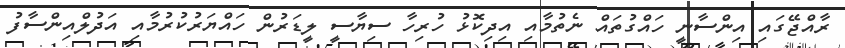
ރާއްޖޭގައި އިންސާނީ ހައްގުތައް ނެތުމާއި އިދިކޮޅު ހުރިހާ ސިޔާސީ ލީޑަރުން ހައްޔަރުކުރުމާއި އަދުލްއިންސާފު